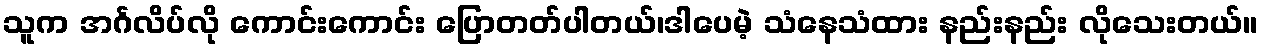
သူက အင်္ဂလိပ်လို ကောင်းကောင်း ပြောတတ်ပါတယ်၊ဒါပေမဲ့ သံနေသံထား နည်းနည်း လိုသေးတယ်။